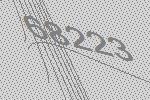
68223